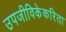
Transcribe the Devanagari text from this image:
उपजीविकेकरिता